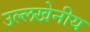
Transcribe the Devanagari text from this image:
उल्‍लखेनीय